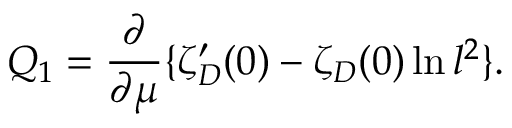
Q _ { 1 } = \frac { \partial } { \partial \mu } \{ \zeta _ { \cal D } ^ { \prime } ( 0 ) - \zeta _ { \cal D } ( 0 ) \ln l ^ { 2 } \} .